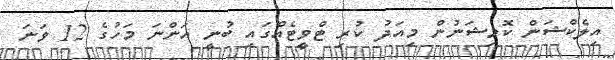
އިލެކްޝަން ކޮމިޝަނުން މިއަދު ކުރި ޓްވީޓެއްގައި ބުނީ އަންނަ މަހުގެ 12 ވަނަ